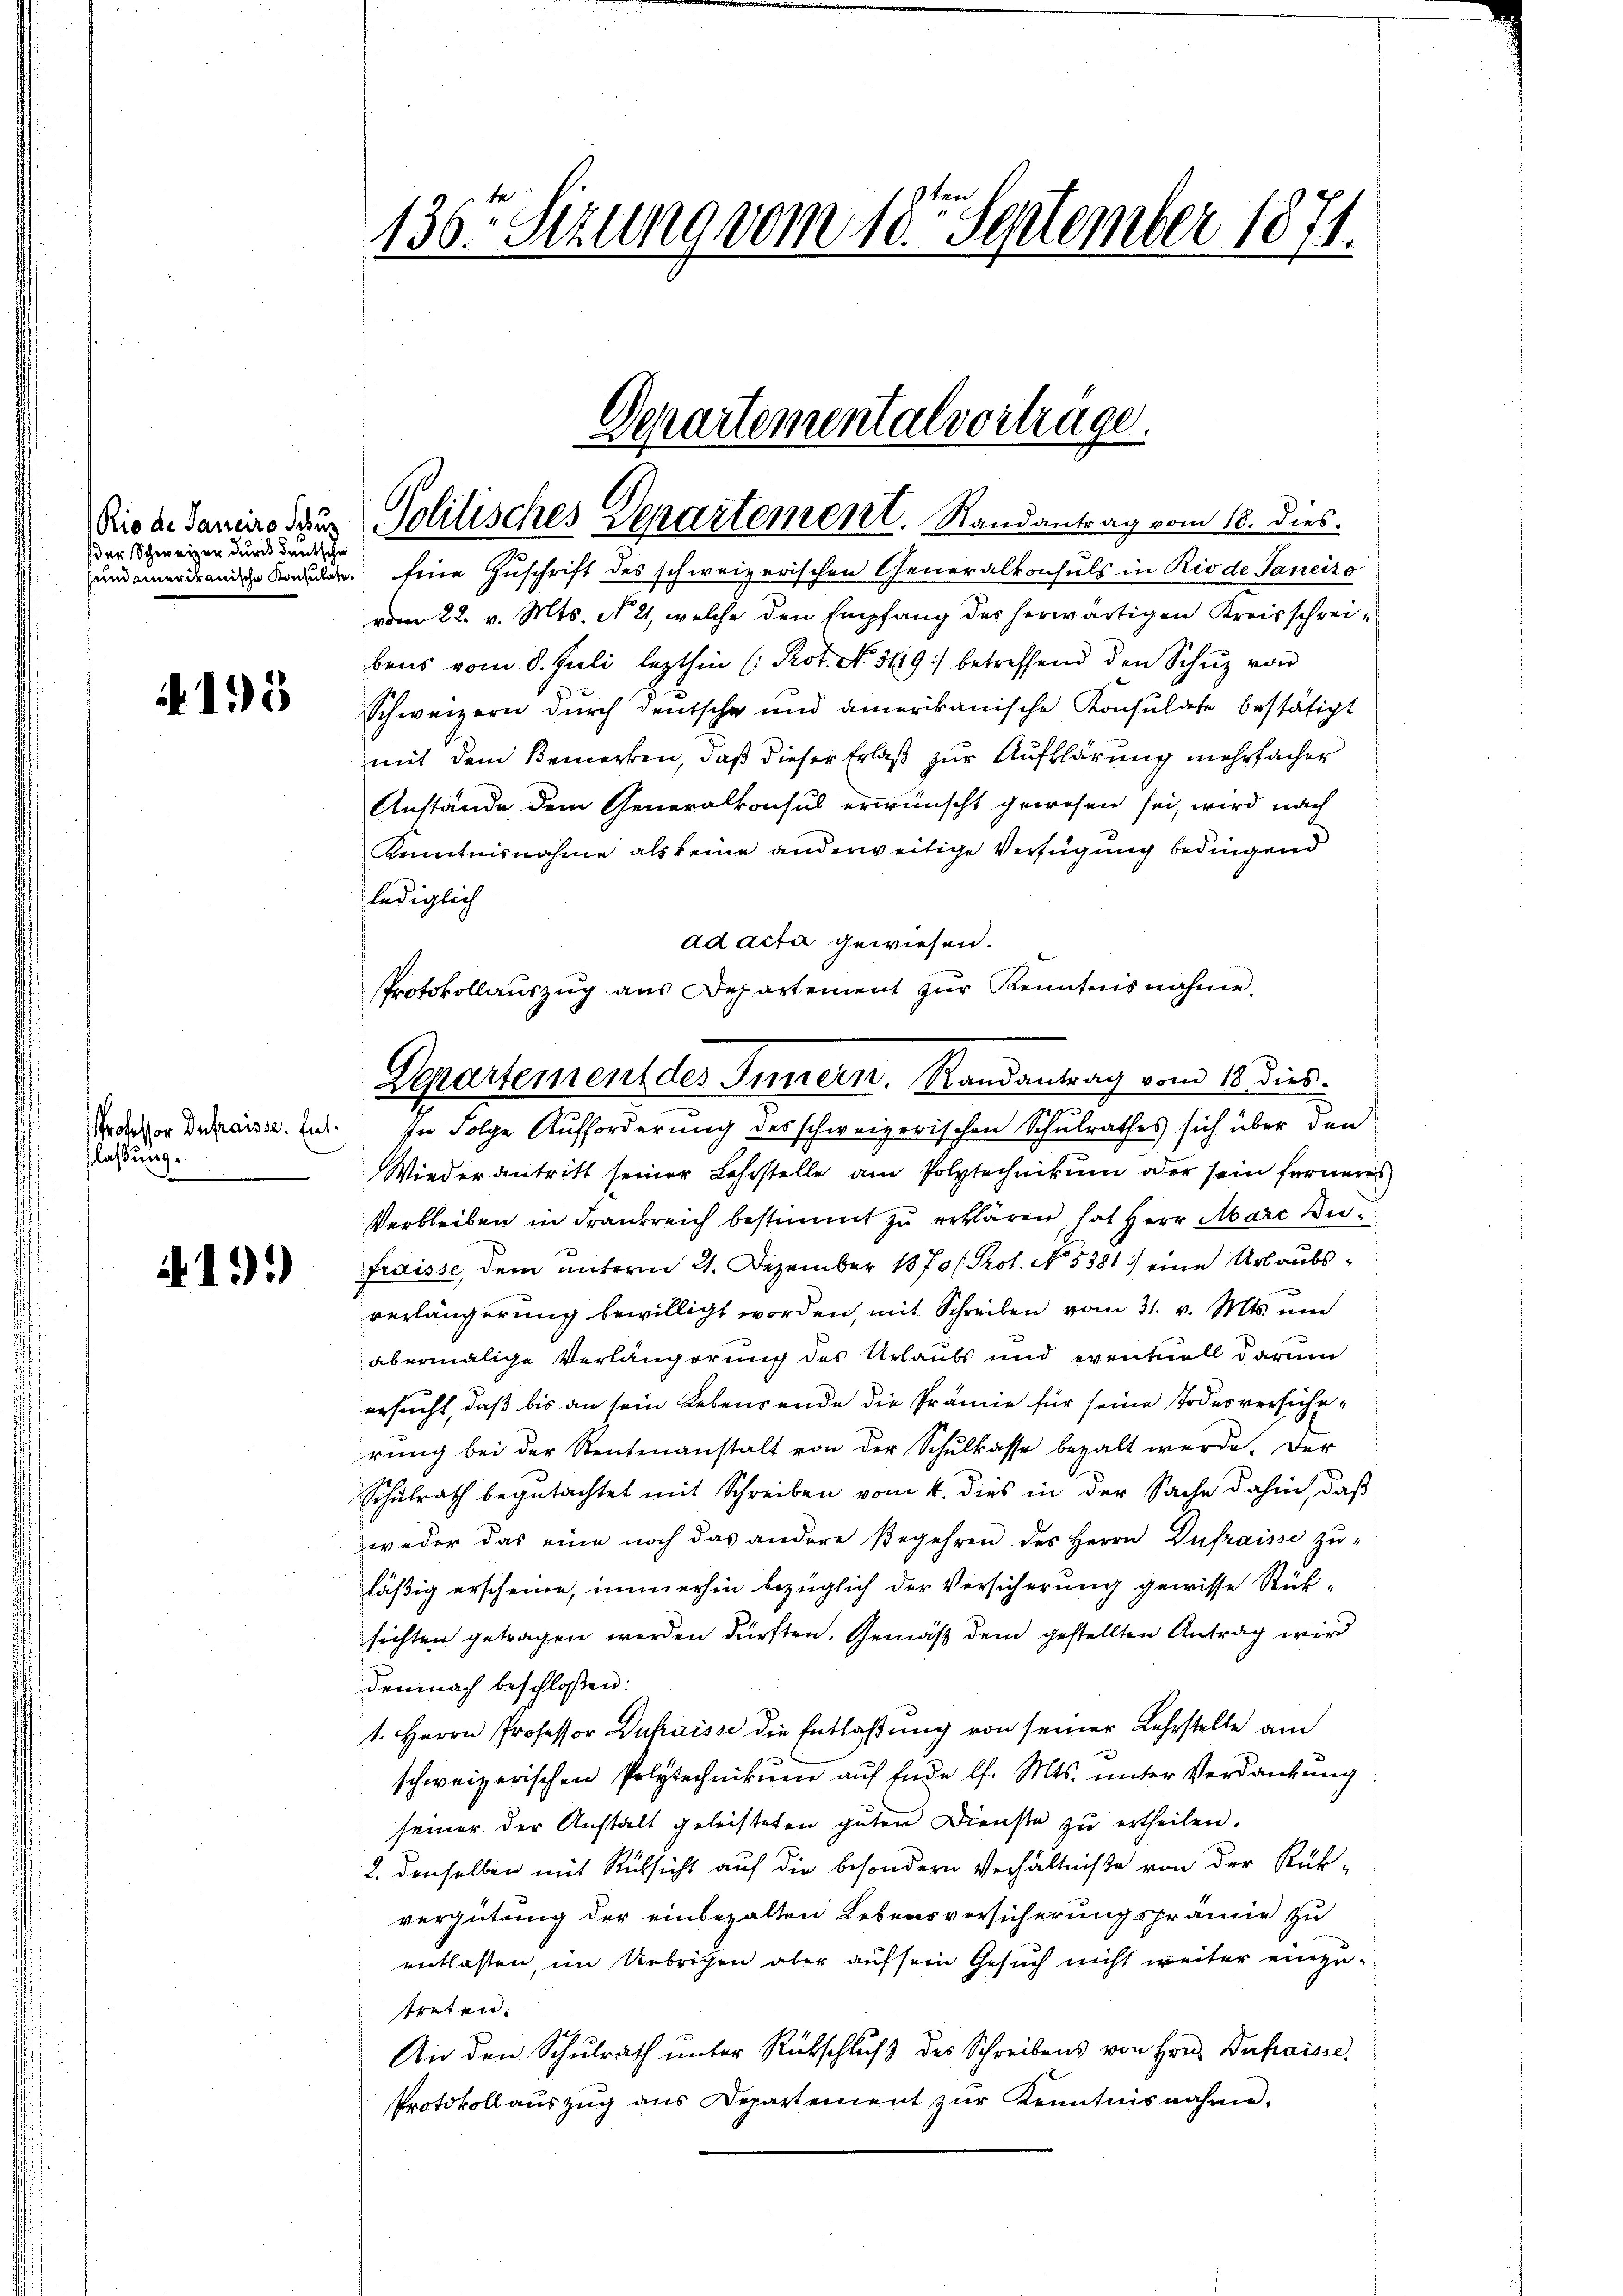
Rio de Janeiro Schur
der Schweizer durch deutsche
sund amerikanische Konsulate.

133

Professor Dufraisse. Entlaßung.

A 151)

136. Sezung vom 18. September 1874.

Golitisches Departement. Randantrag vom 18. dies

Eine Zuschrift des schweizerischen Generalkonsuls in Rio de Janeiro
vom 22. v. Mts. N. 21, welche den Empfang des herwärtigen Kreisschreibens vom 8. Juli lezthin (Pot. No. 549 betreffend den Schŭz von
Schweizern durch deutsche und amerikanische Konsulate bestätigt
mit dem Bemerken, daß dieser Erlaß zur Aufklärung mehrfacher
Anstände dem Generalkonsus erwünscht gewesen sei, wird nach
Kenntnisnahme als keine anderweitige Verfügung bedingend
lediglich
ad acta gewiesen.
.
In Folge Aufforderung des schweizerischen Schulrathes sich über den
Wiederantritt seiner Lehrstelle am Polytechnikum oder sein ferneres
Verbleiben in Frankreich bestimmt zu erklären hat Herr Marc Dufraisse, dem unterm 21. Dezember 1870/: Prot. No. 5381) eine Urlaubsverlängerung bewilligt worden, mit Schreiben vom 31. v. Mts. und
abermalige Verlängerung des Urlaubs und eventuell darum
ersucht, daß bis an sein Lebensende die Prämie für seine Todesversicherung bei der Rentenanstalt von der Schulkasse bezalt werde. Der
Schulrath begutachtet mit Schreiben vom 4. dies in der Sache dahin, daß
weder das eine noch das andere Begehren des Herrn Zufraisse zu-
läßig erscheine, immerhin bezüglich der Versicherung gewisse Rück-
sichten getragen werden dürften. Gemäß dem gestellten Antrag wird
demnach beschloßen:
1. Herrn Professor Dufraisse die Entlaßung von seiner Lehrstelle am
schweizerischen Polytechnikum auf Ende l. Mts. unter Verdankung
seiner der Anstalt geleisteten guten Dienste zu ertheilen.
2. denselben mit Rücksicht auf die besondern Verhältniße von der Rükvergütung der einbezalten Lebensversicherungsprämie zu
entlassen, im Uebrigen aber auf sein Gesuch nicht weiter einzutreten.
An den Schulrath ŭnter Rütschlŭβ des Schreibens von Hrn. Infraisse
Protokollauszug aus Departement zŭr Kenntnisnahme.

Departemental vortrage.

Protokollauszug aus Departement zŭr Kenntnisnahme,
Departement des Innern. Randantrag vom 18. dies